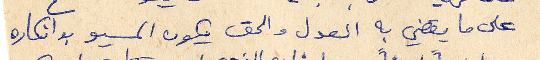
على ما يقضي به العدل والحق يكون المسيو بوانكاره